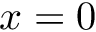
x = 0